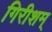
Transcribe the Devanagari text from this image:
गिरीशम्